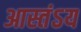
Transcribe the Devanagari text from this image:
आस्तंऽय